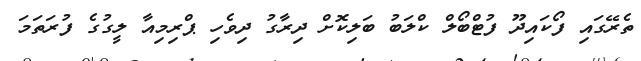
ތެރޭގައި ފޯކައިދޫ ފުޓްބޯލް ކްލަބު ބަލިކޮށް ދިރާގު ދިވެހި ޕްރިމިއާ ލީގުގެ ފުރަތަމަ